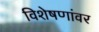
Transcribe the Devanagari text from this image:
विशेषणांवर